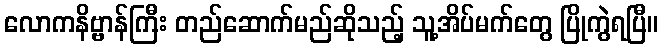
လောကနိဗ္ဗာန်ကြီး တည်ဆောက်မည်ဆိုသည့် သူ့အိပ်မက်တွေ ပြိုကွဲရပြီ။